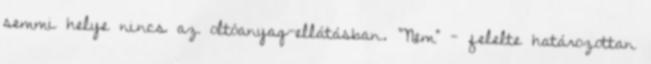
semmi helye nincs az oltóanyag-ellátásban. "Nem" - felelte határozottan